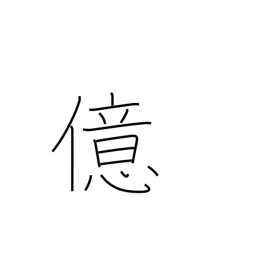
Meaning: 10**8